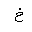
Letter: _kha